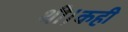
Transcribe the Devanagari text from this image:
थी।कही